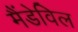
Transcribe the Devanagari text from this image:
मैंडेविल